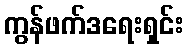
ကွန်ဖက်ဒရေးရှင်း